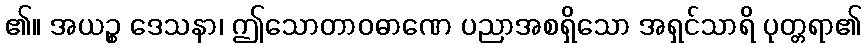
၏။ အယဉ္စ ဒေသနာ၊ ဤသောတာဝဓာဏေ ပညာအစရှိသော အရှင်သာရိ ပုတ္တရာ၏